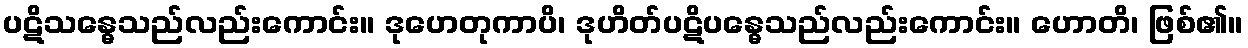
ပဋိသန္ဓေသည်လည်းကောင်း။ ဒုဟေတုကာပိ၊ ဒုဟိတ်ပဋိပန္ဓေသည်လည်းကောင်း။ ဟောတိ၊ ဖြစ်၏။